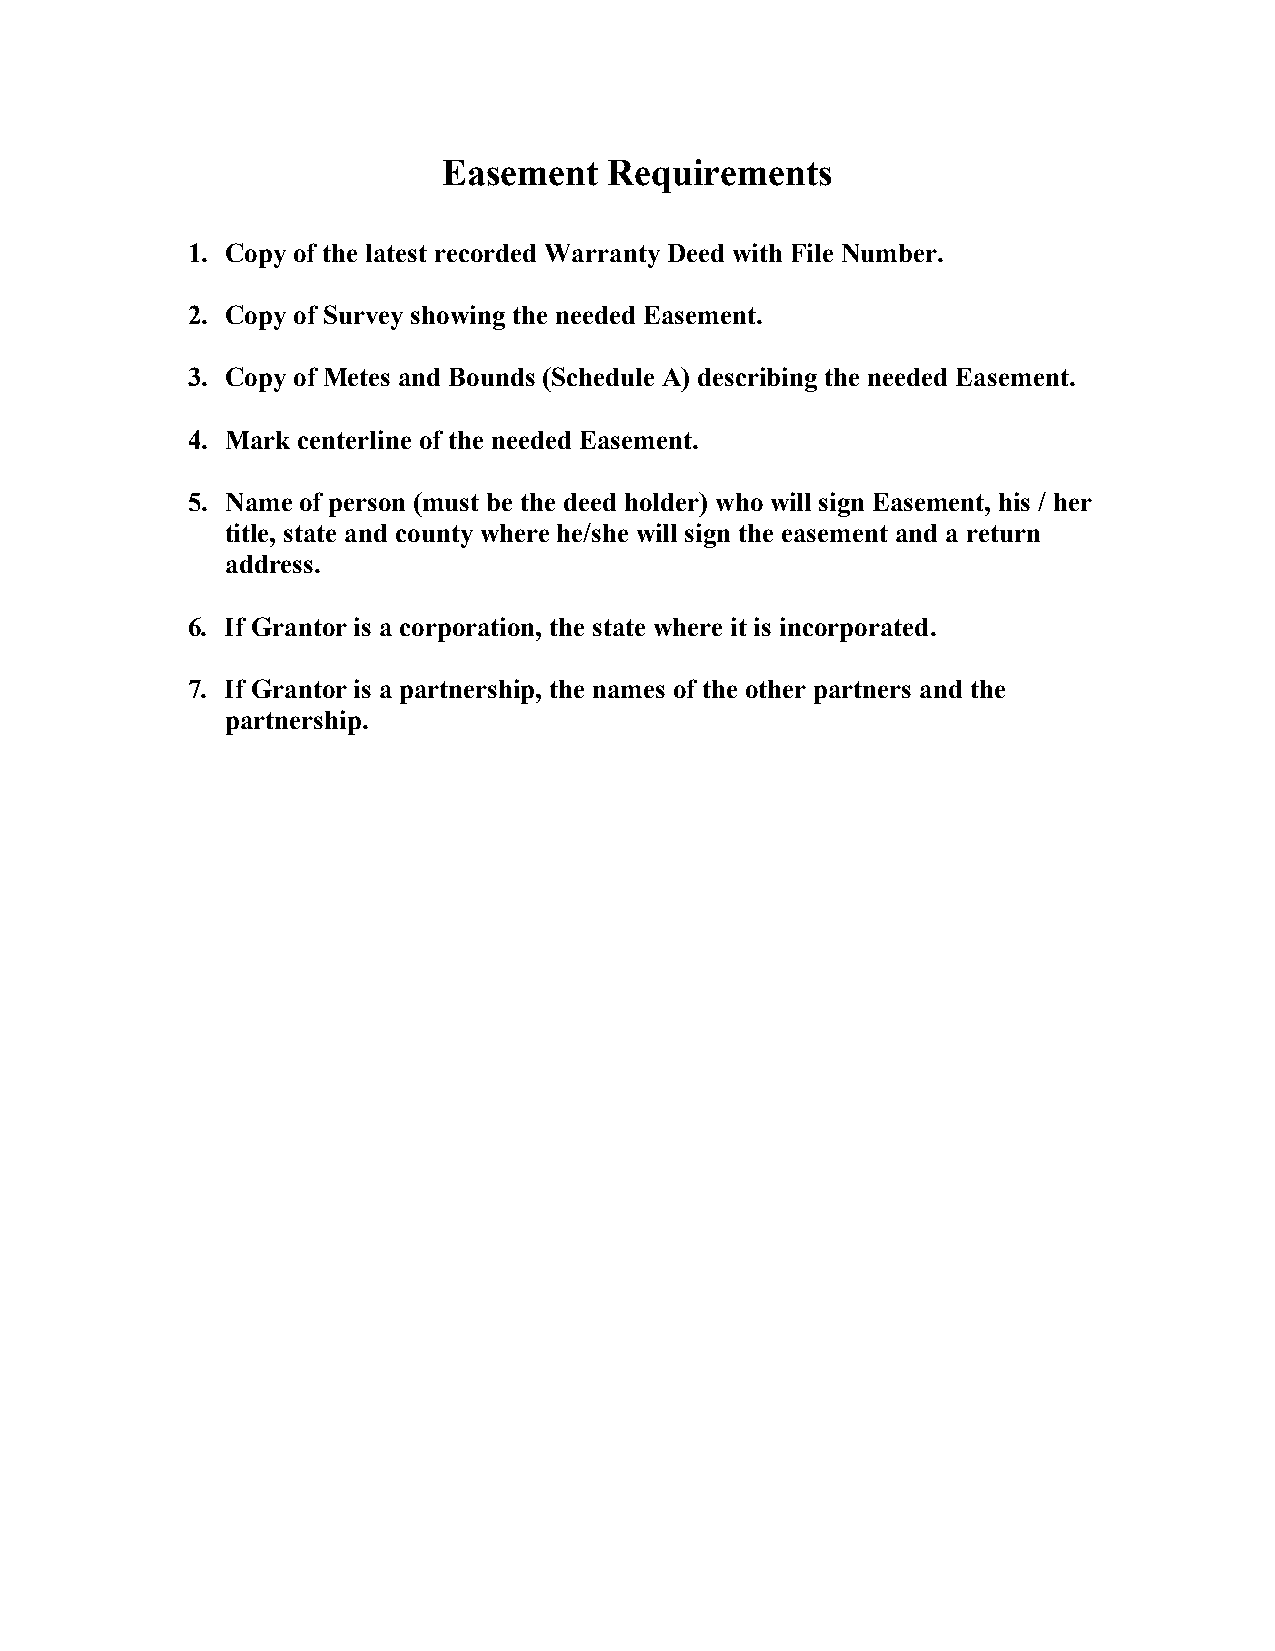
Easement   Requirements
 1. Copy of the latest recorded Warranty Deed with File Number.
 2. Copy of Survey showing the needed Easement.
 3. Copy of Metes and Bounds (Schedule A) describing the needed Easement.
 4. Mark centerline of the needed Easement.
 5. Name of person (must be the deed holder) who will sign Easement, his / her
 title, state and county where he/she will sign the easement and a return
 address.
 6. If Grantor is a corporation, the state where it is incorporated.
 7. If Grantor is a partnership, the names of the other partners and the
 partnership.